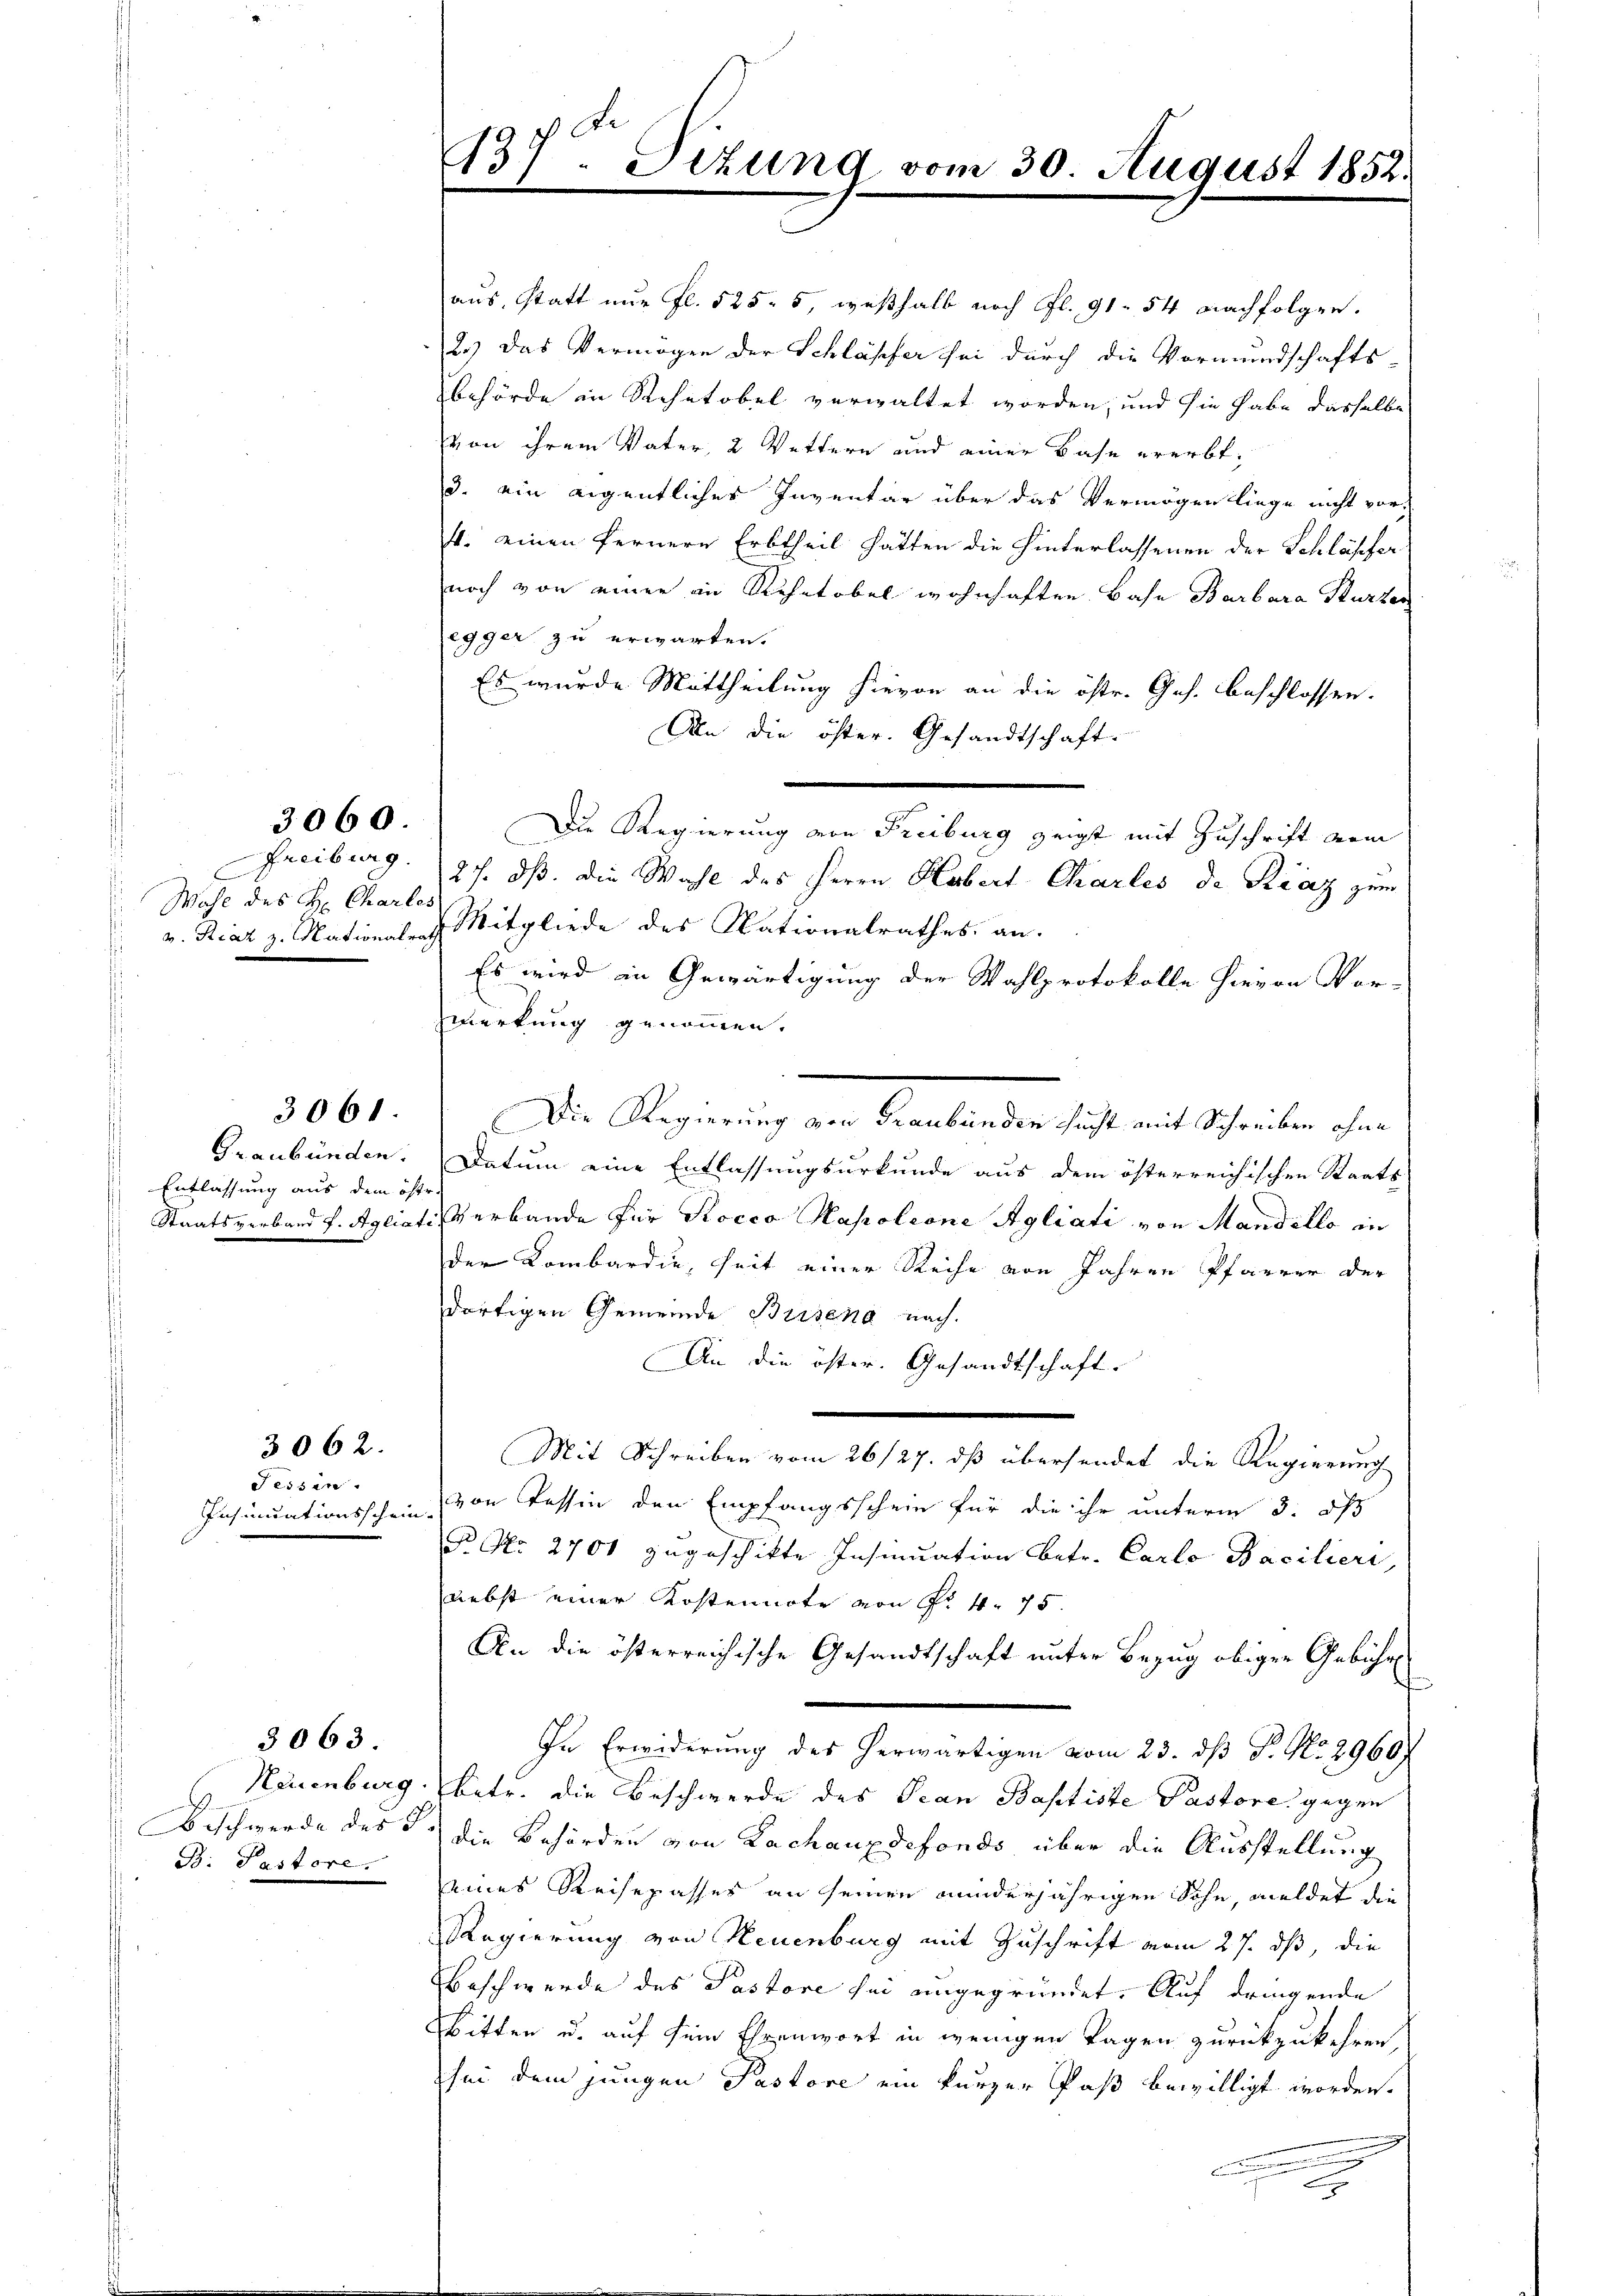
3060.

Wahl des H: Chartes

Entlassung aus dem öfte-

3061.

Fessen.
Insinuationsschein-

3062.

3063.

0
937. Sizung vom 30. August 1852.

aus, statt nur fl. 525. 5, weßhalb nach fl. 91. 54 nachfolgen.
2.) Das Vermögen der Schläpfer sei durch die Vormundschafts-
behörde in Schatobel verwaltet worden, und sie habe dasselbe
von ihrem Vater, 2 Wettern und einer Base ererbt.
3. ein eigentlicher Inventar über das Vermögen liege nicht vor-
4. einen ferneren Erbtheil hatten die Hinterlassenen der Schläpfer
noch von einer in Ruhetobel wohnhaften Bahn Barbara Sturzer
legger zu erwarten.
Es wurde Mittheilung hievon an die öste. Jes. beschlossen.
An die öster. Gesandtschaft.
Die Regierung von Freiburg zeigt mit Zuschrift vom
Freiburg. 27. ds. die Wahl des Herrn Hubert Charles de Kraz zum
v. Riaz z. Nationalrath Mitgliede des Nationalrathes an.
Es wird in Gewärtigung der Wahlprotokolle hievon Vor-
werkung genommen.
Die Regierung an Senatente ich aus schriben her
Graubünden. Datum eine Entlassungsurkunde aus dem österreichischen Staats-
Staatsverband f. Agliatis Verbande für Rocco Napolione Agliati von Mandello in
der Lombardie, seit einer Reihe von Jahren Pfarrer der
dortigen Gemeinde Busend nach
An die öster. Gesandtschaft.
Mit Schreiben vom 26/27. dß übersendet die Regierung
von Tessin den Empfangsschein für die ihr unterm 3. ds
Br 2700 zugeschikte Insinuation betr. Carlo Facilieri,
nebst einer Kostennote von Fr. 4. 75.
An die österreichische Gesandtschaft unter Bezug obiger Gebühre
In Erwiderung des herwärtigen vom 23. ds P. No 2960
Neuenburg betr. die Beschwerde des Pean Baptiste Pastore gegen
Beschwerde des S. die Behörden von Lachauxdefonds über die Ausstellung
B: Pastore eines Reisepasses an seinen minderjährigen Sohn, meldet die
Regierung von Neuenburg mit Zuschrift vom 27. ds, die
Beschwerde des Pastore sei angegründet. Auf dringende
bitten u. auf sein Ehrenwort in wenigen Tagen zurückzukehren,
sei dem jungen Pastore ein kurzer Paß bewilligt worden.
.